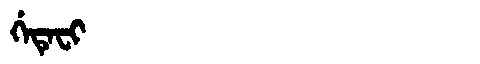
Manchu: ᡤᡝᡨᡝᠸᡳ
Romanization: GETEFI